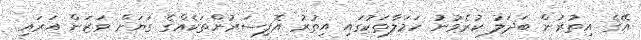
އޭގެ އިތުރުން ބަދަލު ކުރެވުނު ހަމަލާތަކުގައި އިތުރު އޮފިސަރުންތަކެއްގެ ގަޔަށް ވަޒަން އަރައި